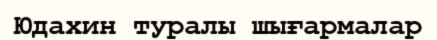
Юдахин туралы шығармалар